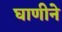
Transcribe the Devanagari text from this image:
घाणीने